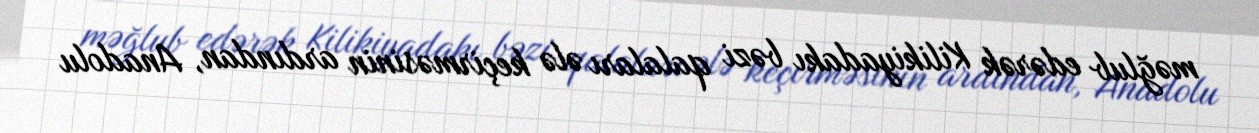
məğlub edərək Kilikiyadakı bəzi qalaları ələ keçirməsinin ardından, Anadolu